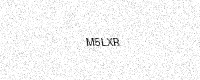
Text: M5LXR